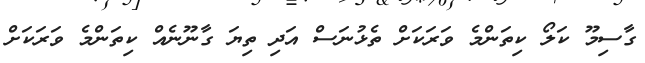
ގާސިމޫ ކަލޯ ކިތަންމެ ވަރަކަށް ތެޅުނަސް އަދި ތިޔަ ގާނޫނެއް ކިތަންމެ ވަރަކަށް